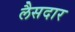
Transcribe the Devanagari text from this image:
लैसदार